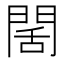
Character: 䦚